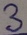
Text: 3